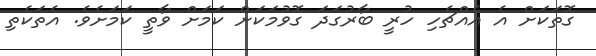
ގޮތަކަށް އެ އެއްޗެހި ހުރީ ބާރުގަދަ ގޮވުމަކަށް ކަމަށް ވާތީ ކަމަށެވެ. އެތަކެތި